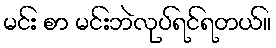
မင်း စာ မင်းဘဲလုပ်ရင်ရတယ်။